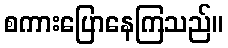
စကားပြောနေကြသည်။